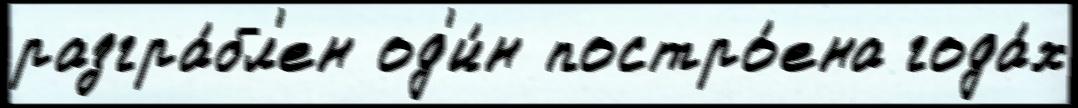
разгра́бл'ен од'и́н постро́ена года́х